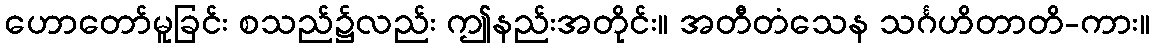
ဟောတော်မူခြင်း စသည်၌လည်း ဤနည်းအတိုင်း။ အတီတံသေန သင်္ဂဟိတာတိ-ကား။